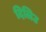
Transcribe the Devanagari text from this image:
दिलिउ